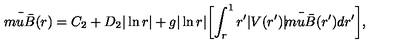
\bar { \mskip - 3 m u \bar { B } } ( r ) = C _ { 2 } + D _ { 2 } | \ln r | + g | \ln r | \biggl [ \int _ { r } ^ { 1 } r ^ { \prime } | V ( r ^ { \prime } ) | \bar { \mskip - 3 m u \bar { B } } ( r ^ { \prime } ) d r ^ { \prime } \biggr ] ,